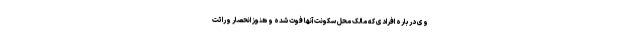
وی درباره افرادی که مالک محل سکونت آنها فوت شده و هنوز انحصار وراثت